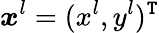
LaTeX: {\boldsymbol x}^{l}=(x^{l},y^{l})^{\mathtt{T}}